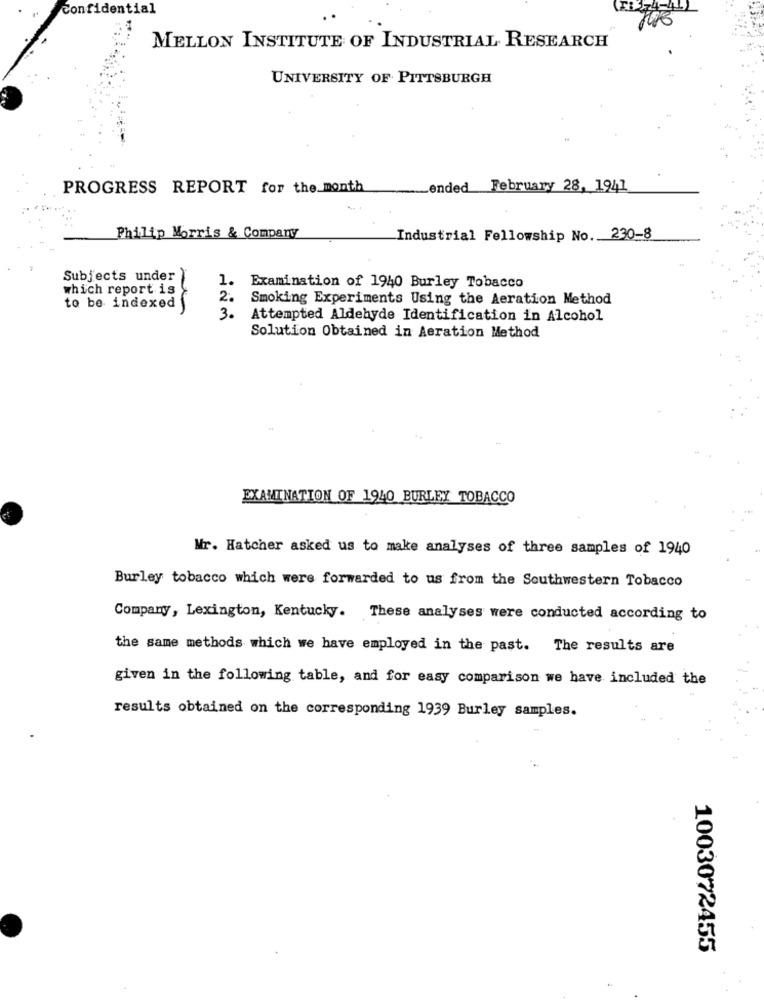
Confidential
MELLON INSTITUTE OF INDUSTRIAL RESEARCH
UNIVERSITY OF PITTSBURGH
PROGRESS REPORT for the month
.... ended February 28, 1941
Philip Morris & Company
Industrial Fellowship No. 230-8
Subjects under
which report is
1. Examination of 1940 Burley Tobacco
2.
Smoking Experiments Using the Aeration Method
to be indexed
3.
Attempted Aldehyde Identification in Alcohol
Solution Obtained in Aeration Method
EXAMINATION OF 1940 BURLEY TOBACCO
Mr. Hatcher asked us to make analyses of three samples of 1940
Burley tobacco which were forwarded to us from the Southwestern Tobacco
Company, Lexington, Kentucky. These analyses were conducted according to
the same methods which we have employed in the past. The results are
given in the following table, and for easy comparison we have included the
results obtained on the corresponding 1939 Burley samples.
1003072455